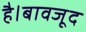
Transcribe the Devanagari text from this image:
है।बावजूद